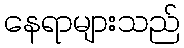
နေရာများသည်